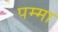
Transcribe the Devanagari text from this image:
पम्मा